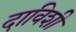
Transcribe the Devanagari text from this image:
दाविशी